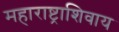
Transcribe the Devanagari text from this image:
महाराष्ट्राशिवाय